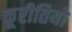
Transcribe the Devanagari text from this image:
कूरीतियों